Vaccination in Bombay 1902-1912 - 1902-1912
Year: 1902
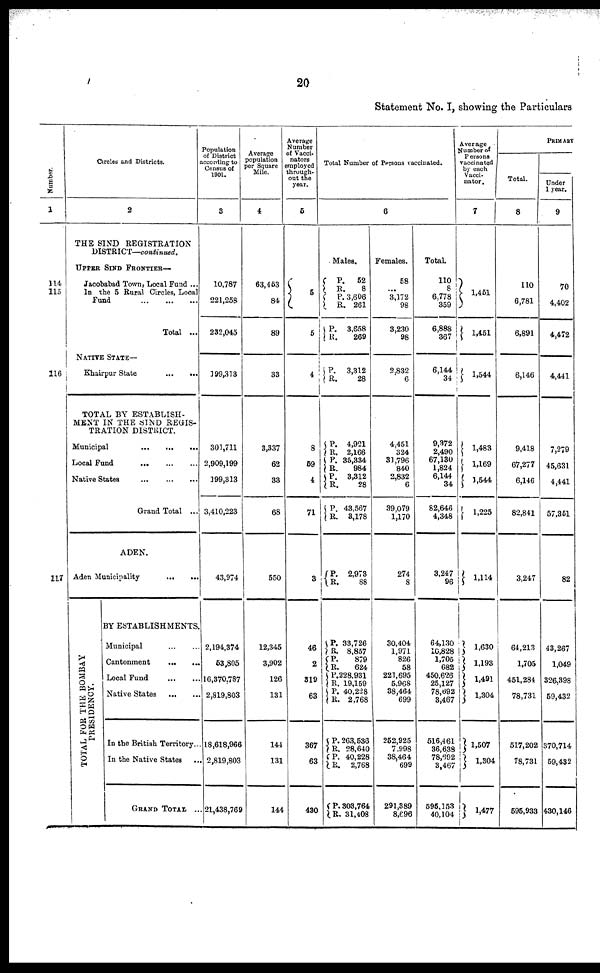
20
Statement No. I, showing the Particulars
Number.
1
114
115
116
117
Circles and Districts.
2
THE SIND REGISTRATION
DISTRICT—continued.
UPPER SIND FRONTIER—
Jacobabad Town, Local Fund ...
In the 5 Rural Circles, Local
Fund
...
...
...
Total ...
NATIVE STATES
Khairpur State
...
...
TOTAL BY ESTABLISH-
MENT IN THE SIND REGIS-
TRATION DISTRICT.
Municipal
...
...
...
Local Fund
...
...
...
Native States
...
...
...
Grand Total ...
ADEN.
Aden Municipality
...
...
TOTAL FOR THE BOMBAY
PRESIDENCY.
BY ESTABLISHMENTS.
Municipal ... ...
Cantonment
...
...
Local Fund ... ...
Native States
...
...
In the British Territory...
In the Native States ...
GRAND TOTAL ...
Population
of District
according to
Census of
1901.
3
10,787
221,258
232,045
199,313
301,711
2,909,199
199,313
3,410,223
43,974
2,194,374
53,805
16,370,787
2,819,803
18,618,966
2,819,803
21,438,769
Average
population
per Square
Mile.
4
63,453
84
89
33
3,337
62
33
68
550
12,345
3,902
126
131
144
131
144
Average
Number
of Vacci¬
nators
employed
through-
out the
year.
5
5
5
4
8
69
4
71
3
46
2
319
63
367
63
430
Total Number of Persons vaccinated.
6
Males.
P. R.
P.
R.
P.
R.
52
8
3,606
261
3,658
269
P.
R. 3,312
28
P.
R.
P.
R.
P.
R.
P.
R.
4,921
2,166
35,334
984
3,312
28
43,567
3,178
P.
R.
2,973
88
P.
R.
P. R.
P.
R.
P.
R.
P.
R.
P.
R.
P.
R.
33,726
8,857
879
624
228,931
19,159
40,228
2,768
263,536
28,640
40,228
2,768
303,764
31,408
Females.
58
...
3,172
98
3,230
98
2,832
6
4,451
324
31,796
840
2,832
6
39,079
1,170
274
8
30,404
1,971
826
58
221,695
5,968
38,464
699
252,925
7,998
38,464
699
291,389
8,696
Total.
110
8
6,778
359
6,888
367
6,144
34
9,372
2,490
67,130
1,824
6,144
34
82,646
4,348
3,247
96
64,130
10,828
1,705
682
450,626
25,127
78,692
3,467
516,461
36,638
78,692
3,467
595,153
40,104
Average
Number of
Persons
vaccinated
by each
Vacci¬
nator.
7
1,451
1,451
1,544
1,483
1,169
1,544
1,225
1, 114
1,630
1,193
1,491
1,304
1,507
1,304
1,477
PRIMARY
Total.
8
110
6,781
6,891
6,146
9,418
67,277
6,146
82,841
3,247
64,213
1,705
451,284
78,731
517,202
78,731
595,933
Under
1 year.
9
70
4,402
4,472
4,441
7,279
45,631
4,441
57,351
82
43,267
1,049
326,398
59,432
370,714
59,432
430,146